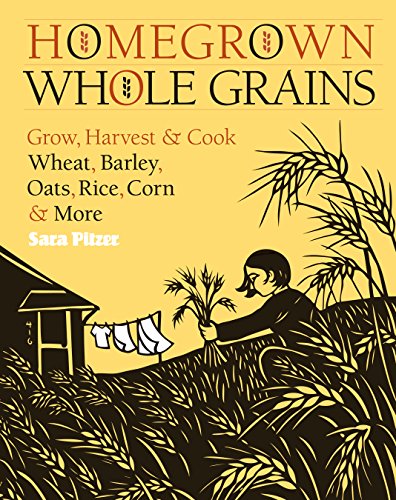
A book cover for Homegrown Whole Grains: Grow, Harvest, and Cook Wheat, Barley, Oats, Rice, Corn and More; Sara Pitzer; Cookbooks, Food & Wine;